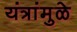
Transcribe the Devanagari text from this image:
यंत्रांमुळे